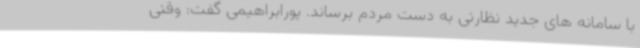
با سامانه های جدید نظارتی به دست مردم برساند. پورابراهیمی گفت: وقتی